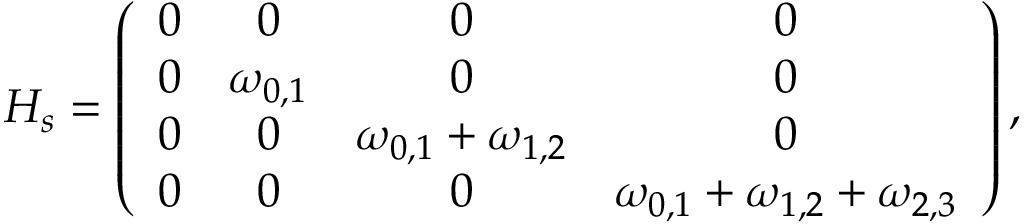
H _ { s } = \left( \begin{array} { c c c c } { 0 } & { 0 } & { 0 } & { 0 } \\ { 0 } & { \omega _ { 0 , 1 } } & { 0 } & { 0 } \\ { 0 } & { 0 } & { \omega _ { 0 , 1 } + \omega _ { 1 , 2 } } & { 0 } \\ { 0 } & { 0 } & { 0 } & { \omega _ { 0 , 1 } + \omega _ { 1 , 2 } + \omega _ { 2 , 3 } } \end{array} \right) ,